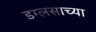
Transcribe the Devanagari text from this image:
डग्लसाच्या